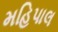
મહિપાલ